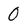
Character: 0